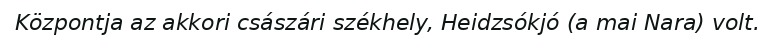
Központja az akkori császári székhely, Heidzsókjó (a mai Nara) volt.